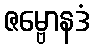
ဇမ္ဗောနဒံ